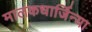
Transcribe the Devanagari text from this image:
मालकधार्जिन्या